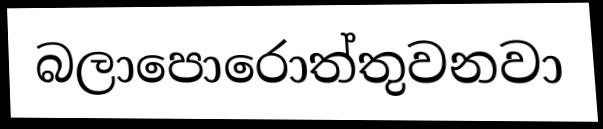
බලාපොරොත්තුවනවා